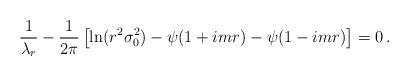
LaTeX: \begin{align*}\frac{1}{\lambda_{r}} -\frac{1}{2\pi}\left[\ln (r^{2}\sigma_{0}^{2}) -\psi (1+i m r)-\psi(1-i m r)\right] = 0\, .\end{align*}